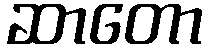
ဆာတော